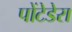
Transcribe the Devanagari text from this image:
पोंटेडेरा